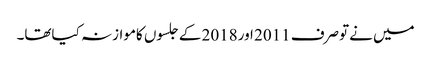
میں نےتوصرف 2011 اور2018 کےجلسوں کاموازنہ کیاتھا۔